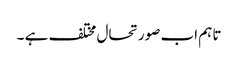
تاہم اب صورتحال مختلف ہے ۔